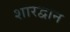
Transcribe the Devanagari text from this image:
शारद्वान